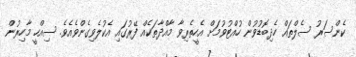
ކެންސަރު ސެލްތައް ހެދިބޮޑުވުން ހުއްޓުވުމަށް އެހީތެރިވާ މާއްދާތަކެއް ފޭރުގައި އެކުލެވިގެންވެއެވެ. ސިއްހީ މާހިރުން